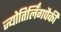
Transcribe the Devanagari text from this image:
ज्योतिर्लिंगपैकी